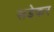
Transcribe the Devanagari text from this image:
सडेकर